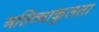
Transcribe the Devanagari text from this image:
अतिव्याकुलता